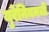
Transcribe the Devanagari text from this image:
युरेनियमची